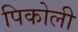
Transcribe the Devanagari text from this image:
पिकोली